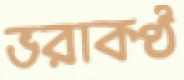
ভরাকণ্ঠ